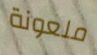
ملعونة